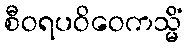
စီဝရပဝိဝေကသ္မိံ